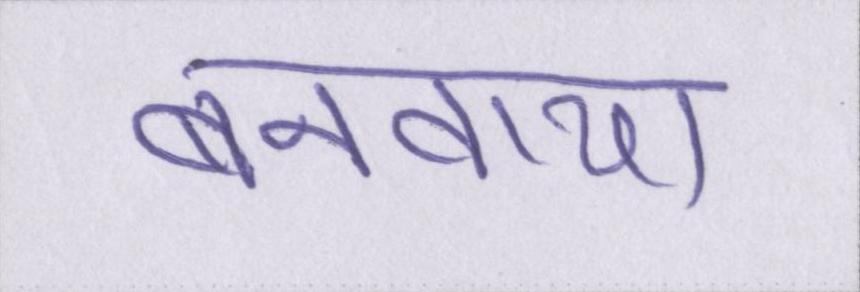
बनवाया